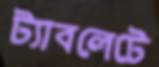
ট্যাবলেটে